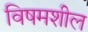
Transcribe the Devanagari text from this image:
विषमशील